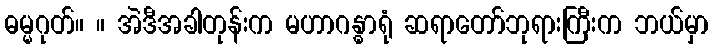
ဓမ္မဂုတ်။ ။ အဲဒီအခါတုန်းက မဟာဂန္ဓာရုံ ဆရာတော်ဘုရားကြီးက ဘယ်မှာ